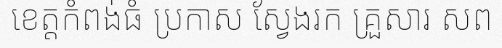
ខេត្តកំពង់ធំ ប្រកាស ស្វែងរក គ្រួសារ សព